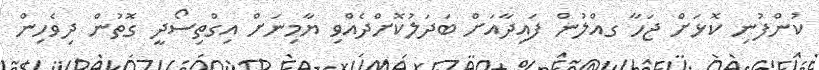
ކުންފުނި ކޮޅަށް ޖަހާ ގއްލުން ފައިދާއަށް ބަދަލުކޮށްދެއްވި ޔާމިނަށް އިގްތިސޯދީ ގޮތުން ދިވެހިން